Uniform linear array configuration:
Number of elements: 32
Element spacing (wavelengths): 0.5
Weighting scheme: binomial
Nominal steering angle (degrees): -45
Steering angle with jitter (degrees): -45.901
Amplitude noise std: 0.05
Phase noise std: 0.05

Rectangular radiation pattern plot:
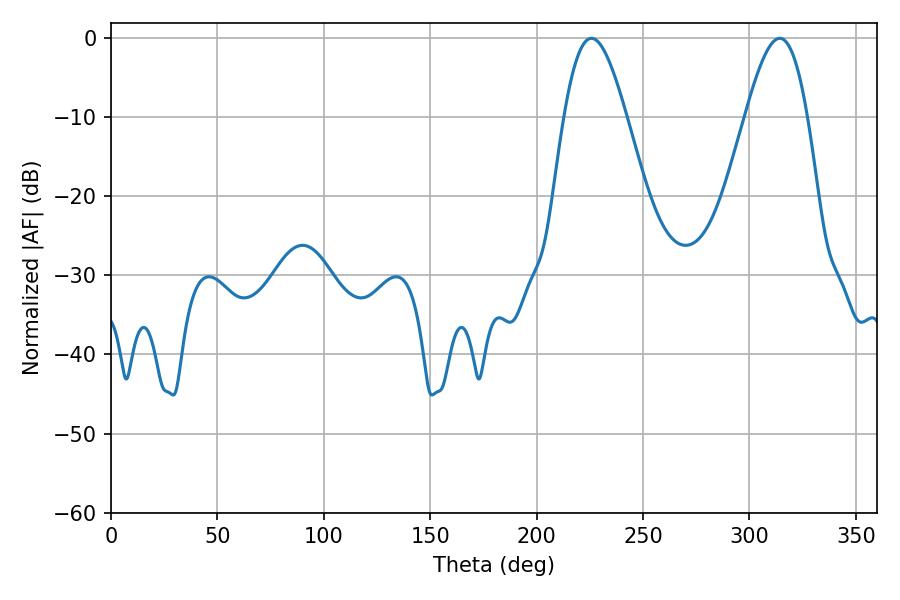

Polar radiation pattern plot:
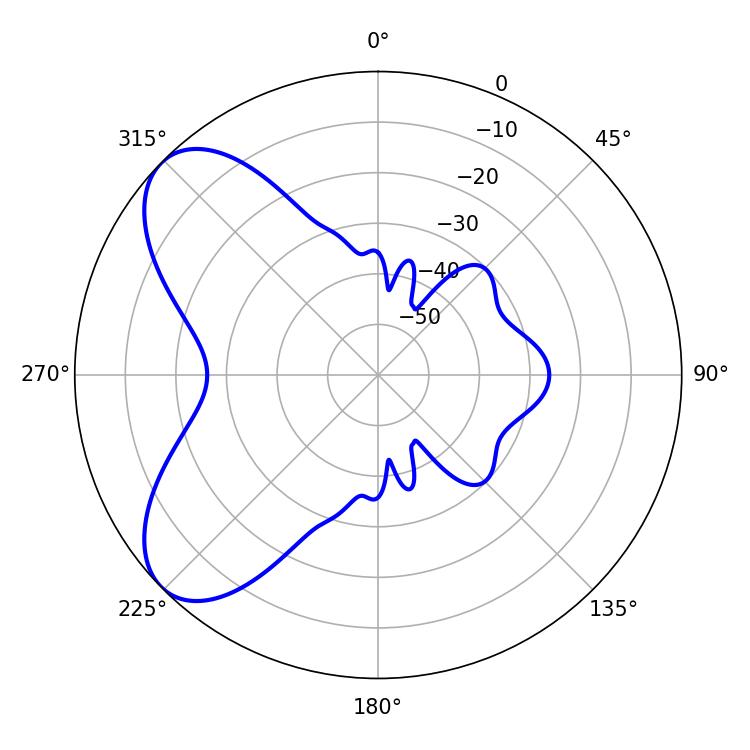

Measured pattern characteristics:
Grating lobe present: FALSE
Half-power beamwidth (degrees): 15.66
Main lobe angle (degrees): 225.72